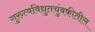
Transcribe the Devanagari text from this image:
गुरुत्वविद्युतचुंबकीतील